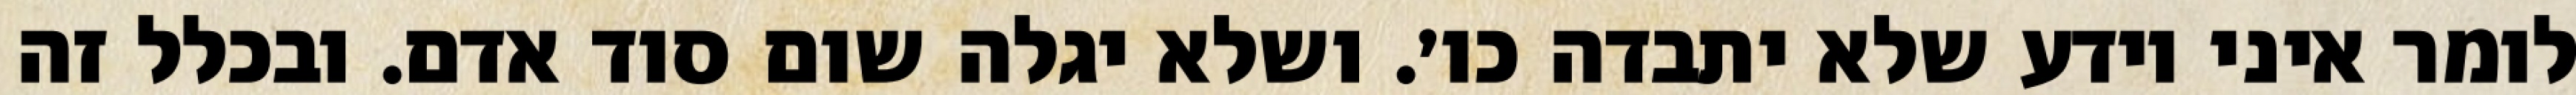
לומר איני יודע שלא יתבדה כו׳. ושלא יגלה שום סוד אדם. ובכלל זה